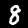
Digit: 8